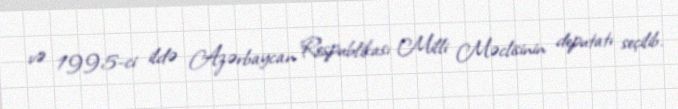
və 1995-ci ildə Azərbaycan Respublikası Milli Məclisinin deputatı seçilib.